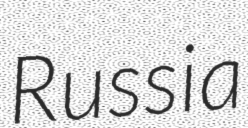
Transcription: Russia